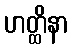
ဟတ္ထိနာ